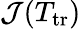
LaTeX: {\cal J}(T_{\mathrm{tr}})